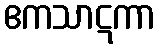
ဧကသာဋကာ